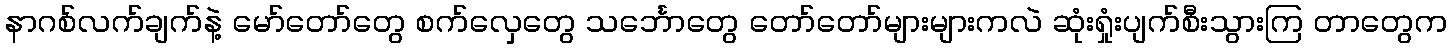
နာဂစ်လက်ချက်နဲ့ မော်တော်တွေ စက်လှေတွေ သင်္ဘောတွေ တော်တော်များများကလဲ ဆုံးရှုံးပျက်စီးသွားကြ တာတွေက